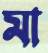
মা